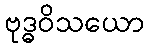
ဗုဒ္ဓဝိသယော